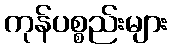
ကုန်ပစ္စည်းများ